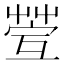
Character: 𦯥